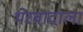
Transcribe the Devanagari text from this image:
थेरवादाला